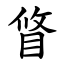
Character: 䀺